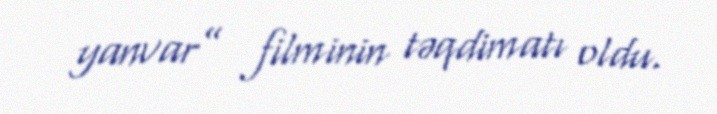
yanvar” filminin təqdimatı oldu.